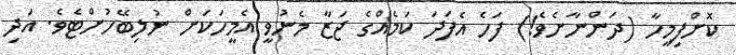
ކޮށްފިމީހާ (ދަންނާށެވެ!) ފަހެ އެފަދަ ކަމެއްގެ ޖަޒާ މެނުވީ އެމީހަކަށް ނުލިބޭހުށްޓެވެ. އަދި